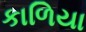
કાળિયા